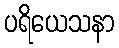
ပရိယေသနာ